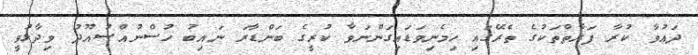
ދައުވާ ކުރާ ފަރާތްތަކުގެ ތެރޭގައި ހިމެނިވަޑައިގަންނަވާ ކުރީގެ ބަންޑާރަ ނައިބު ހުސްނުއްސުއޫދު ވިދާޅުވީ